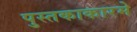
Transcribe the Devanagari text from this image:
पुस्तकाकारमे